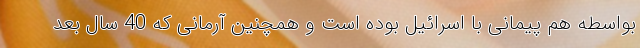
بواسطه هم پیمانی با اسرائیل بوده است و همچنین آرمانی که 40 سال بعد